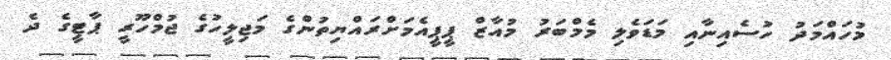
މުހައްމަދު ހުސެއިނާއި މަޑަވެލި މެމްބަރު މުއާޒް ޕީޕީއެމަށްރައްޔިތުންގެ މަޖިލީހުގެ ޖުމްހޫރީ ޕާޓީގެ ދެ